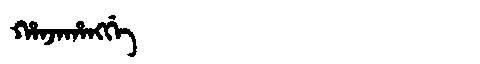
Manchu: ᡥᠠᠨᠵᠠᡥᠠᠩᡤᡝ
Romanization: HANJAHANGGE